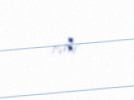
edir.